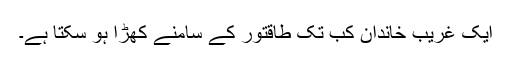
ایک غریب خاندان کب تک طاقتور کے سامنے کھڑا ہو سکتا ہے۔